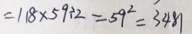
= 1 1 8 \times 5 9 \div 2 = 5 9 ^ { 2 } = 3 4 8 1